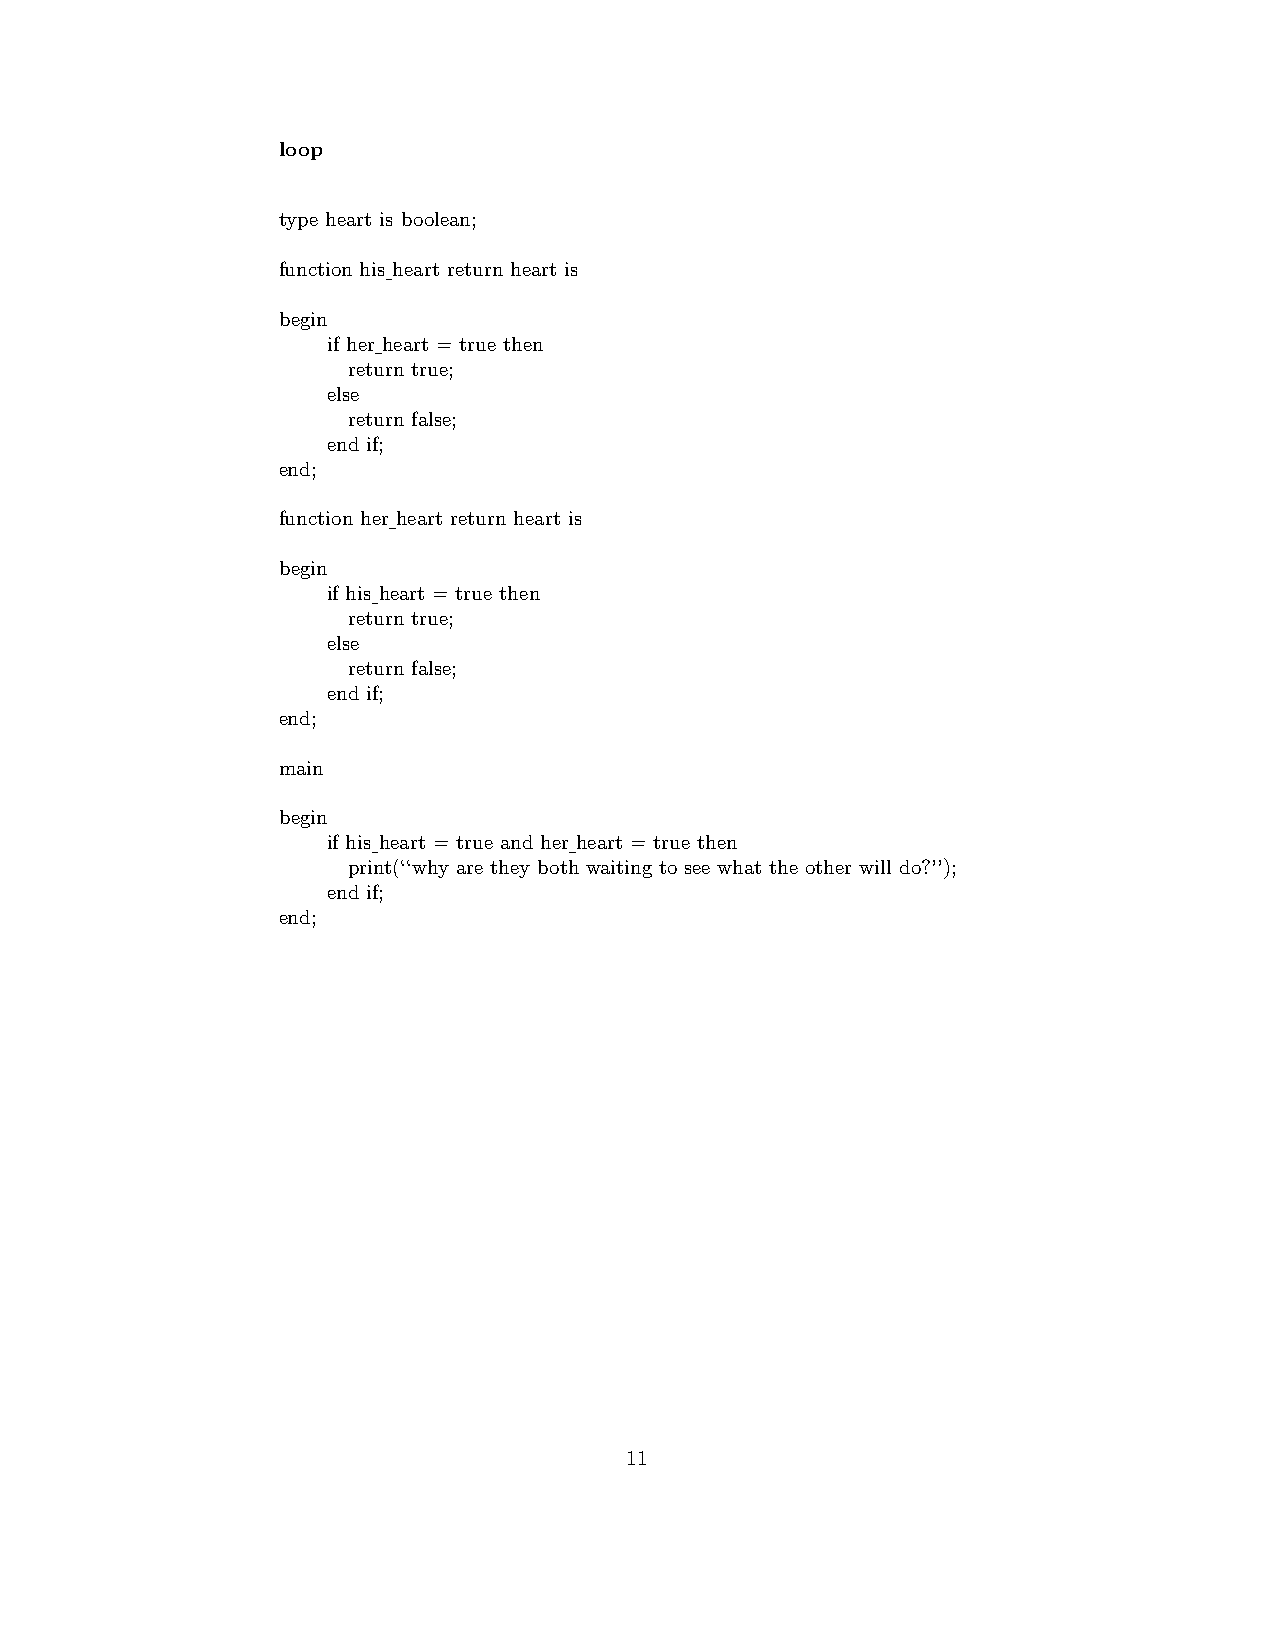
loop
 type heart is boolean;
 function his heart return heart is
 begin
 if her heart = true then
 return true;
 else
 return false;
 end if;
 end;
 function her heart return heart is
 begin
 if his heart = true then
 return true;
 else
 return false;
 end if;
 end;
 main
 begin
 if his heart = true and her heart = true then
 print(‘‘why are they both waiting to see what the other will do?’’);
 end if;
 end;
 11